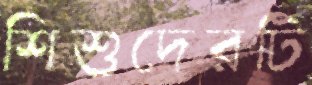
শিশুদেরটি